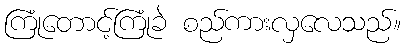
ကြုံတောင့်ကြုံခဲ စည်ကားလှလေသည်။